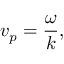
v _ { p } = { \frac { \omega } { k } } ,